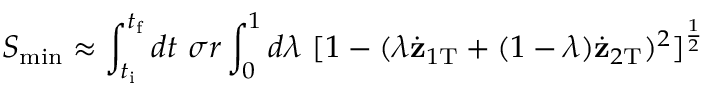
S _ { \mathrm { m i n } } \approx \int _ { t _ { \mathrm { i } } } ^ { t _ { \mathrm { f } } } d t \ \sigma r \int _ { 0 } ^ { 1 } d \lambda \ [ 1 - ( \lambda \dot { { \bf z } } _ { 1 \mathrm { T } } + ( 1 - \lambda ) \dot { { \bf z } } _ { 2 \mathrm { T } } ) ^ { 2 } ] ^ { \frac { 1 } { 2 } }